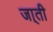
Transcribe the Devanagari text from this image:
जा्ती